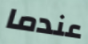
عندما